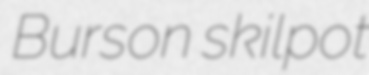
Burson skilpot